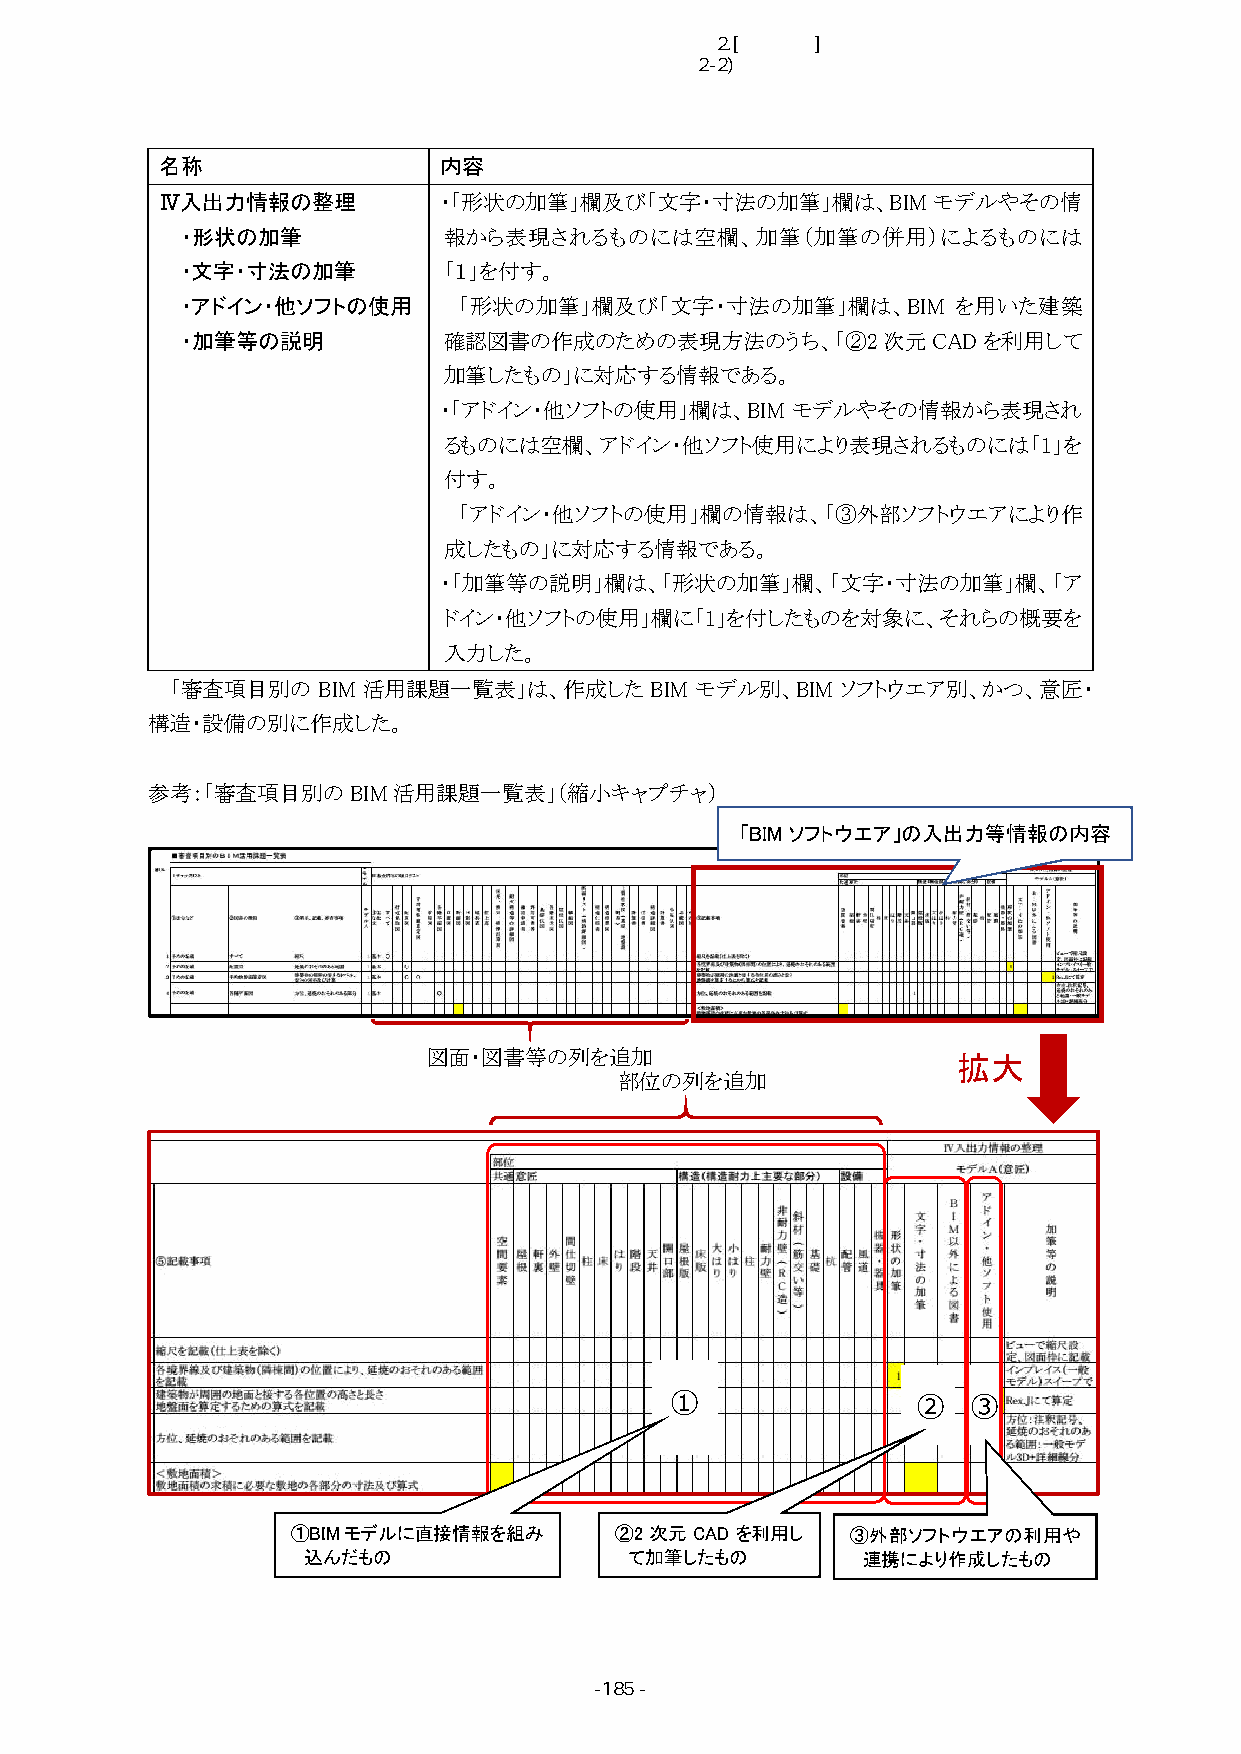
■2.[一般建築]検討内容
 2-2)確認図面の表現標準の検討と解説書の作成
 名称                内容
 Ⅳ入出力情報の整理         ・「形状の加筆」欄及び「文字・寸法の加筆」欄は、BIM      モデルやその情
 ・形状の加筆           報から表現されるものには空欄、加筆（加筆の併用）によるものには
 ・文字・寸法の加筆        「１」を付す。
 ・アドイン・他ソフトの使用     「形状の加筆」欄及び「文字・寸法の加筆」欄は、BIM       を用いた建築
 ・加筆等の説明          確認図書の作成のための表現方法のうち、「②2次元CADを利用して
 加筆したもの」に対応する情報である。
 ・「アドイン・他ソフトの使用」欄は、BIM  モデルやその情報から表現され
 るものには空欄、アドイン・他ソフト使用により表現されるものには「1」を
 付す。
 「アドイン・他ソフトの使用」欄の情報は、「③外部ソフトウエアにより作
 成したもの」に対応する情報である。
 ・「加筆等の説明」欄は、「形状の加筆」欄、「文字・寸法の加筆」欄、「ア
 ドイン・他ソフトの使用」欄に「1」を付したものを対象に、それらの概要を
 入力した。
 「審査項目別の   BIM 活用課題一覧表」は、作成した    BIM モデル別、BIM ソフトウエア別、かつ、意匠・
 構造・設備の別に作成した。
 参考：「審査項目別のBIM活用課題一覧表」（縮小キャプチャ）
 「BIMソフトウエア」の入出力等情報の内容
 図面・図書等の列を追加                        拡大
 部位の列を追加
 ①                ②  ③
 ①BIMモデルに直接情報を組み       ②2次元CADを利用し    ③外部ソフトウエアの利用や
 込んだもの                 て加筆したもの        連携により作成したもの
 -185 -